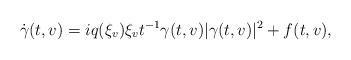
LaTeX: \begin{align*} \dot{\gamma}(t,v)=iq(\xi_v)\xi_vt^{-1}\gamma(t,v)|\gamma(t,v)|^2+f(t,v),\end{align*}